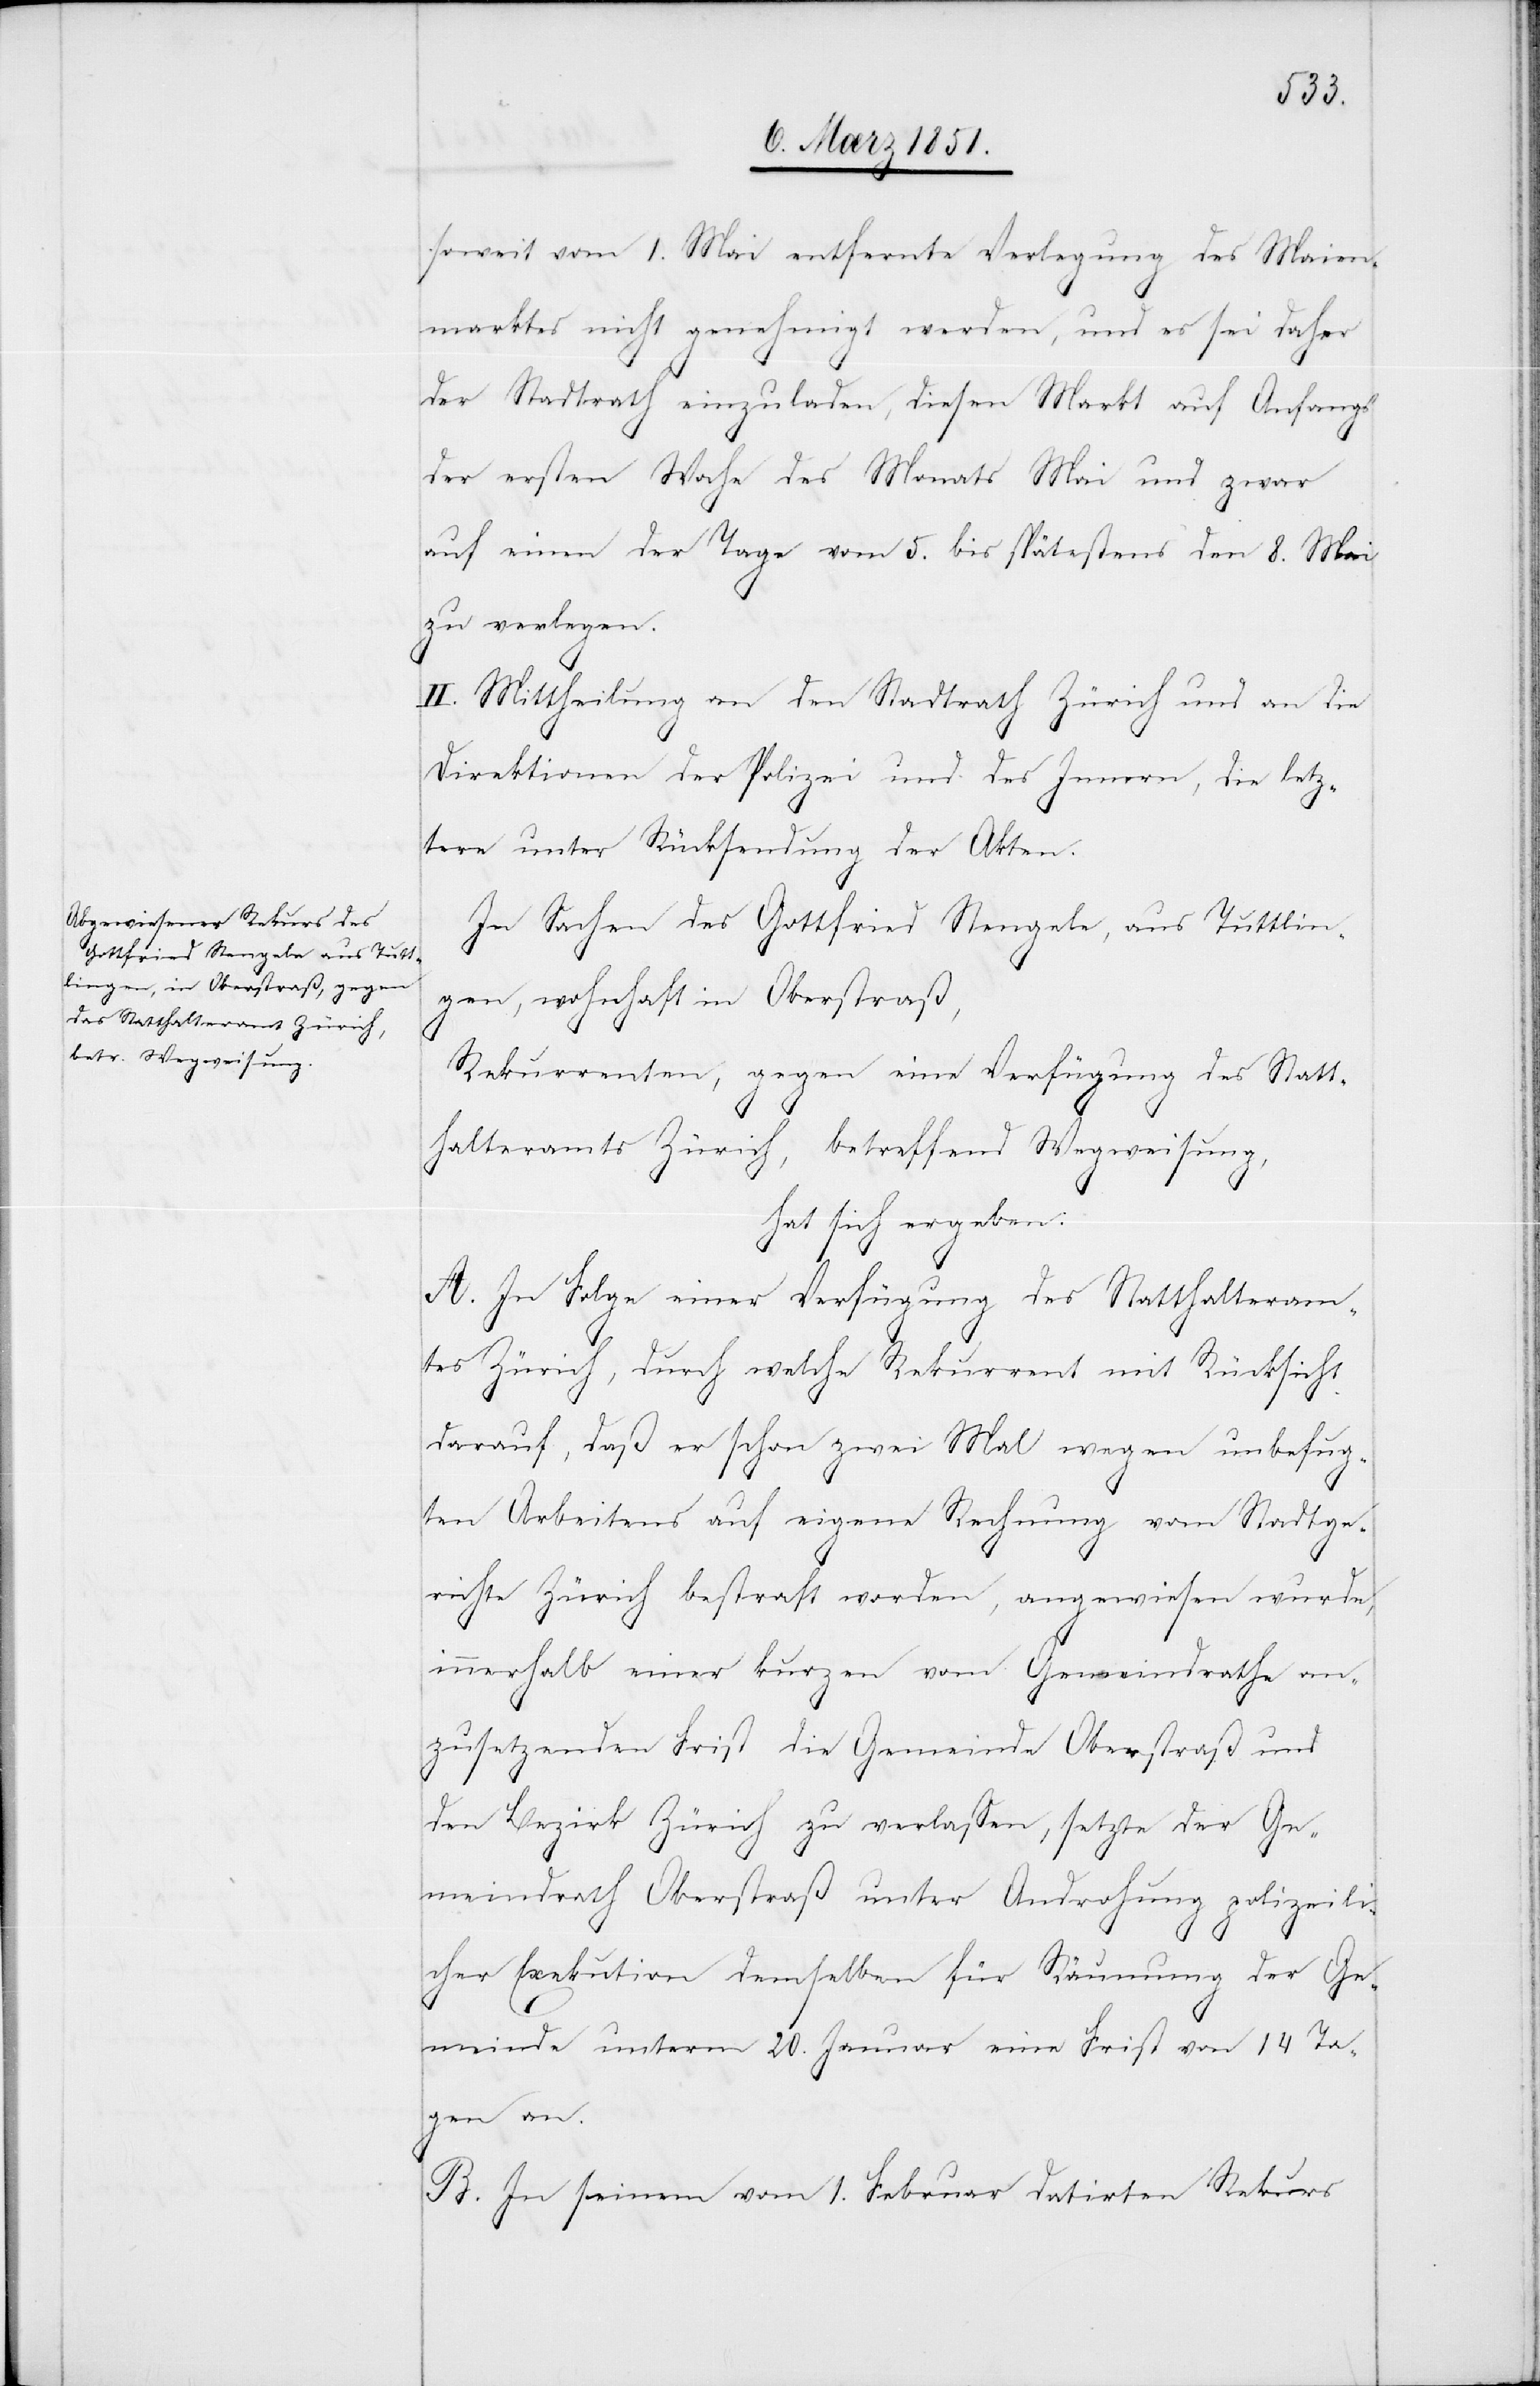
soweit vom 1. Mai entfernte Verlegung des Maien¬
marktes nicht genehmigt werden, und es sei daher
der Stadtrath einzuladen, diesen Markt auf Anfangs
der ersten Woche des Monats Mai und zwar
auf einen der Tage vom 5. bis spätestens den 8. Mai
zu verlegen.
II. Mittheilung an den Stadtrath Zürich und an die
Direktionen der Polizei und des Innern, die letz¬
tere unter Rücksendung der Akten.
In Sachen des Gottfried Stengele, aus Tuttlin¬
gen, wohnhaft in Oberstraß,
Rekurrenten, gegen eine Verfügung des Statt¬
halteramts Zürich, betreffend Wegweisung,
hat sich ergeben:
A. In Folge einer Verfügung des Statthalteram¬
tes Zürich, durch welche Rekurrent mit Rücksicht
darauf, daß er schon zwei Mal wegen unbefug¬
ten Arbeitens auf eigene Rechnung vom Stadtge¬
richte Zürich bestraft worden, angewiesen wurde,
innerhalb einer kurzen vom Gemeindrathe an¬
zusetzenden Frist die Gemeinde Oberstraß und
den Bezirk Zürich zu verlassen, setzte der Ge¬
meindrath Oberstraß unter Androhung polizeili¬
cher Exekution demselben für Räumung der Ge¬
meinde unterm 20. Januar eine Frist von 14 Ta¬
gen an.
B. In seinem vom 1. Februar datirten Rekurs